Senior Leaving Certificate Examination (including Day School Certificate (Higher) General paper), 1949
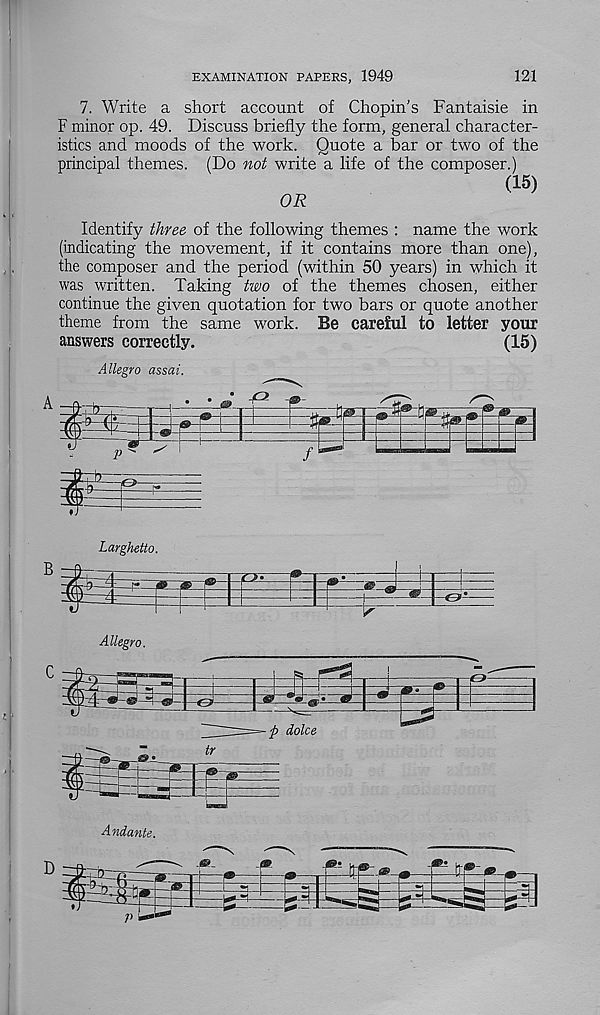
EXAMINATION PAPERS, 1949
121
7. Write a short account of Chopin’s Fantaisie in
F minor op. 49. Discuss briefly the form, general character-
istics and moods of the work. Quote a bar or two of the
principal themes. (Do not write a life of the composer.)
(15)
OR
Identify three of the following themes : name the work
(indicating the movement, if it contains more than one),
the composer and the period (within 50 years) in which it
was written. Taking two of the themes chosen, either
continue the given quotation for two bars or quote another
theme from the same work. Be careful to letter your
answers correctly.
(15)
Allegro assai.
Lay ghetto.
Allegro.
Andante.